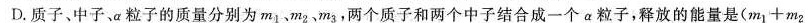
D.质子、中子、α粒子的质量分别为m_{1}、m_{2}、m_{3}，两个质子和两个中子结合成一个α粒子，释放的能量是$$( m _ { 1 } + m _ { 2 }